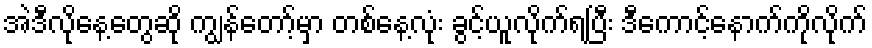
အဲဒီလိုနေ့တွေဆို ကျွန်တော့်မှာ တစ်နေ့လုံး ခွင့်ယူလိုက်ရပြီး ဒီကောင့်နောက်ကိုလိုက်